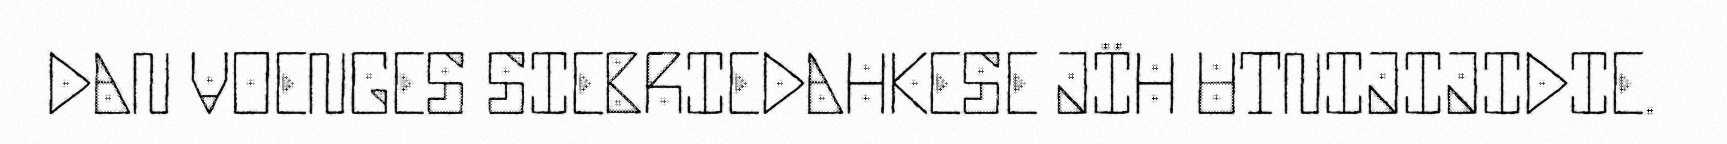
DAN VOENGES SIEBRIEDAHKESE JÏH UTNIJIJIDIE.